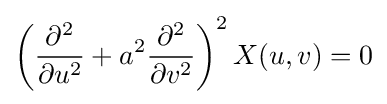
\left({\frac {\partial ^{2}}{\partial u^{2}}}+a^{2}{\frac {\partial ^{2}}{\partial v^{2}}}\right)^{2}X(u,v)=0